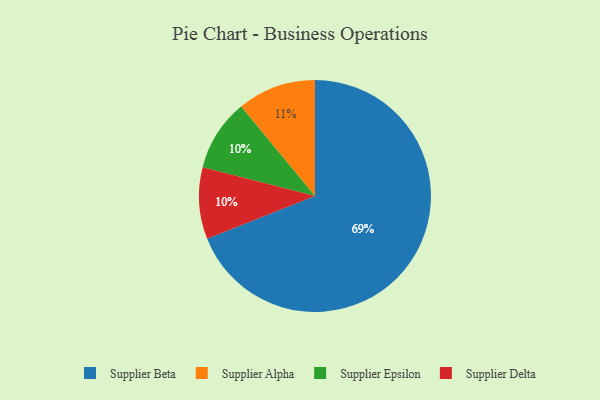
{"axis": {"x": "Category", "y": "Percentage"}, "legend": ["Supplier Alpha", "Supplier Beta", "Supplier Delta", "Supplier Epsilon"], "data": [{"x": "Supplier Epsilon", "y": 10, "type": "Supplier Epsilon"}, {"x": "Supplier Beta", "y": 69, "type": "Supplier Beta"}, {"x": "Supplier Alpha", "y": 11, "type": "Supplier Alpha"}, {"x": "Supplier Delta", "y": 10, "type": "Supplier Delta"}]}